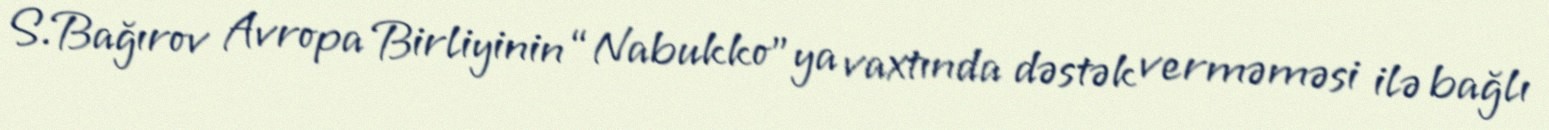
S.Bağırov Avropa Birliyinin “Nabukko”ya vaxtında dəstək verməməsi ilə bağlı